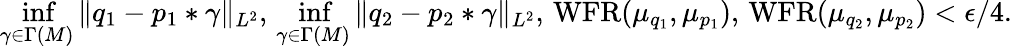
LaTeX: \operatorname*{inf}_{\gamma\in\Gamma(M)}\| q_{1}-p_{1}*\gamma\| _{L^{2}},\, \operatorname*{inf}_{\gamma\in\Gamma(M)}\| q_{2}-p_{2}*\gamma\| _{L^{2}},\, \operatorname{WFR}(\mu_{q_{1}},\mu_{p_{1}}),\, \operatorname{WFR}(\mu_{q_{2}},\mu_{p_{2}})<\epsilon/4.